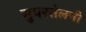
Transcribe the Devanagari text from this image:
सुपरसेलनी